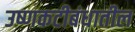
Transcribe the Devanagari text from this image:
उष्णकटीबंधातील